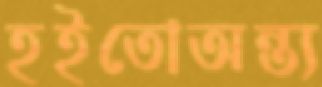
হইতোঅন্ত্য